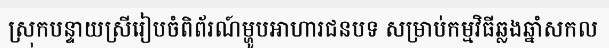
ស្រុកបន្ទាយស្រីរៀបចំពិព័រណ៍ម្ហូបអាហារជនបទ សម្រាប់កម្មវិធីឆ្លងឆ្នាំសកល